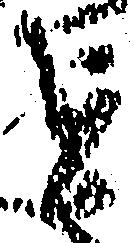
を